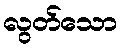
လွတ်သော